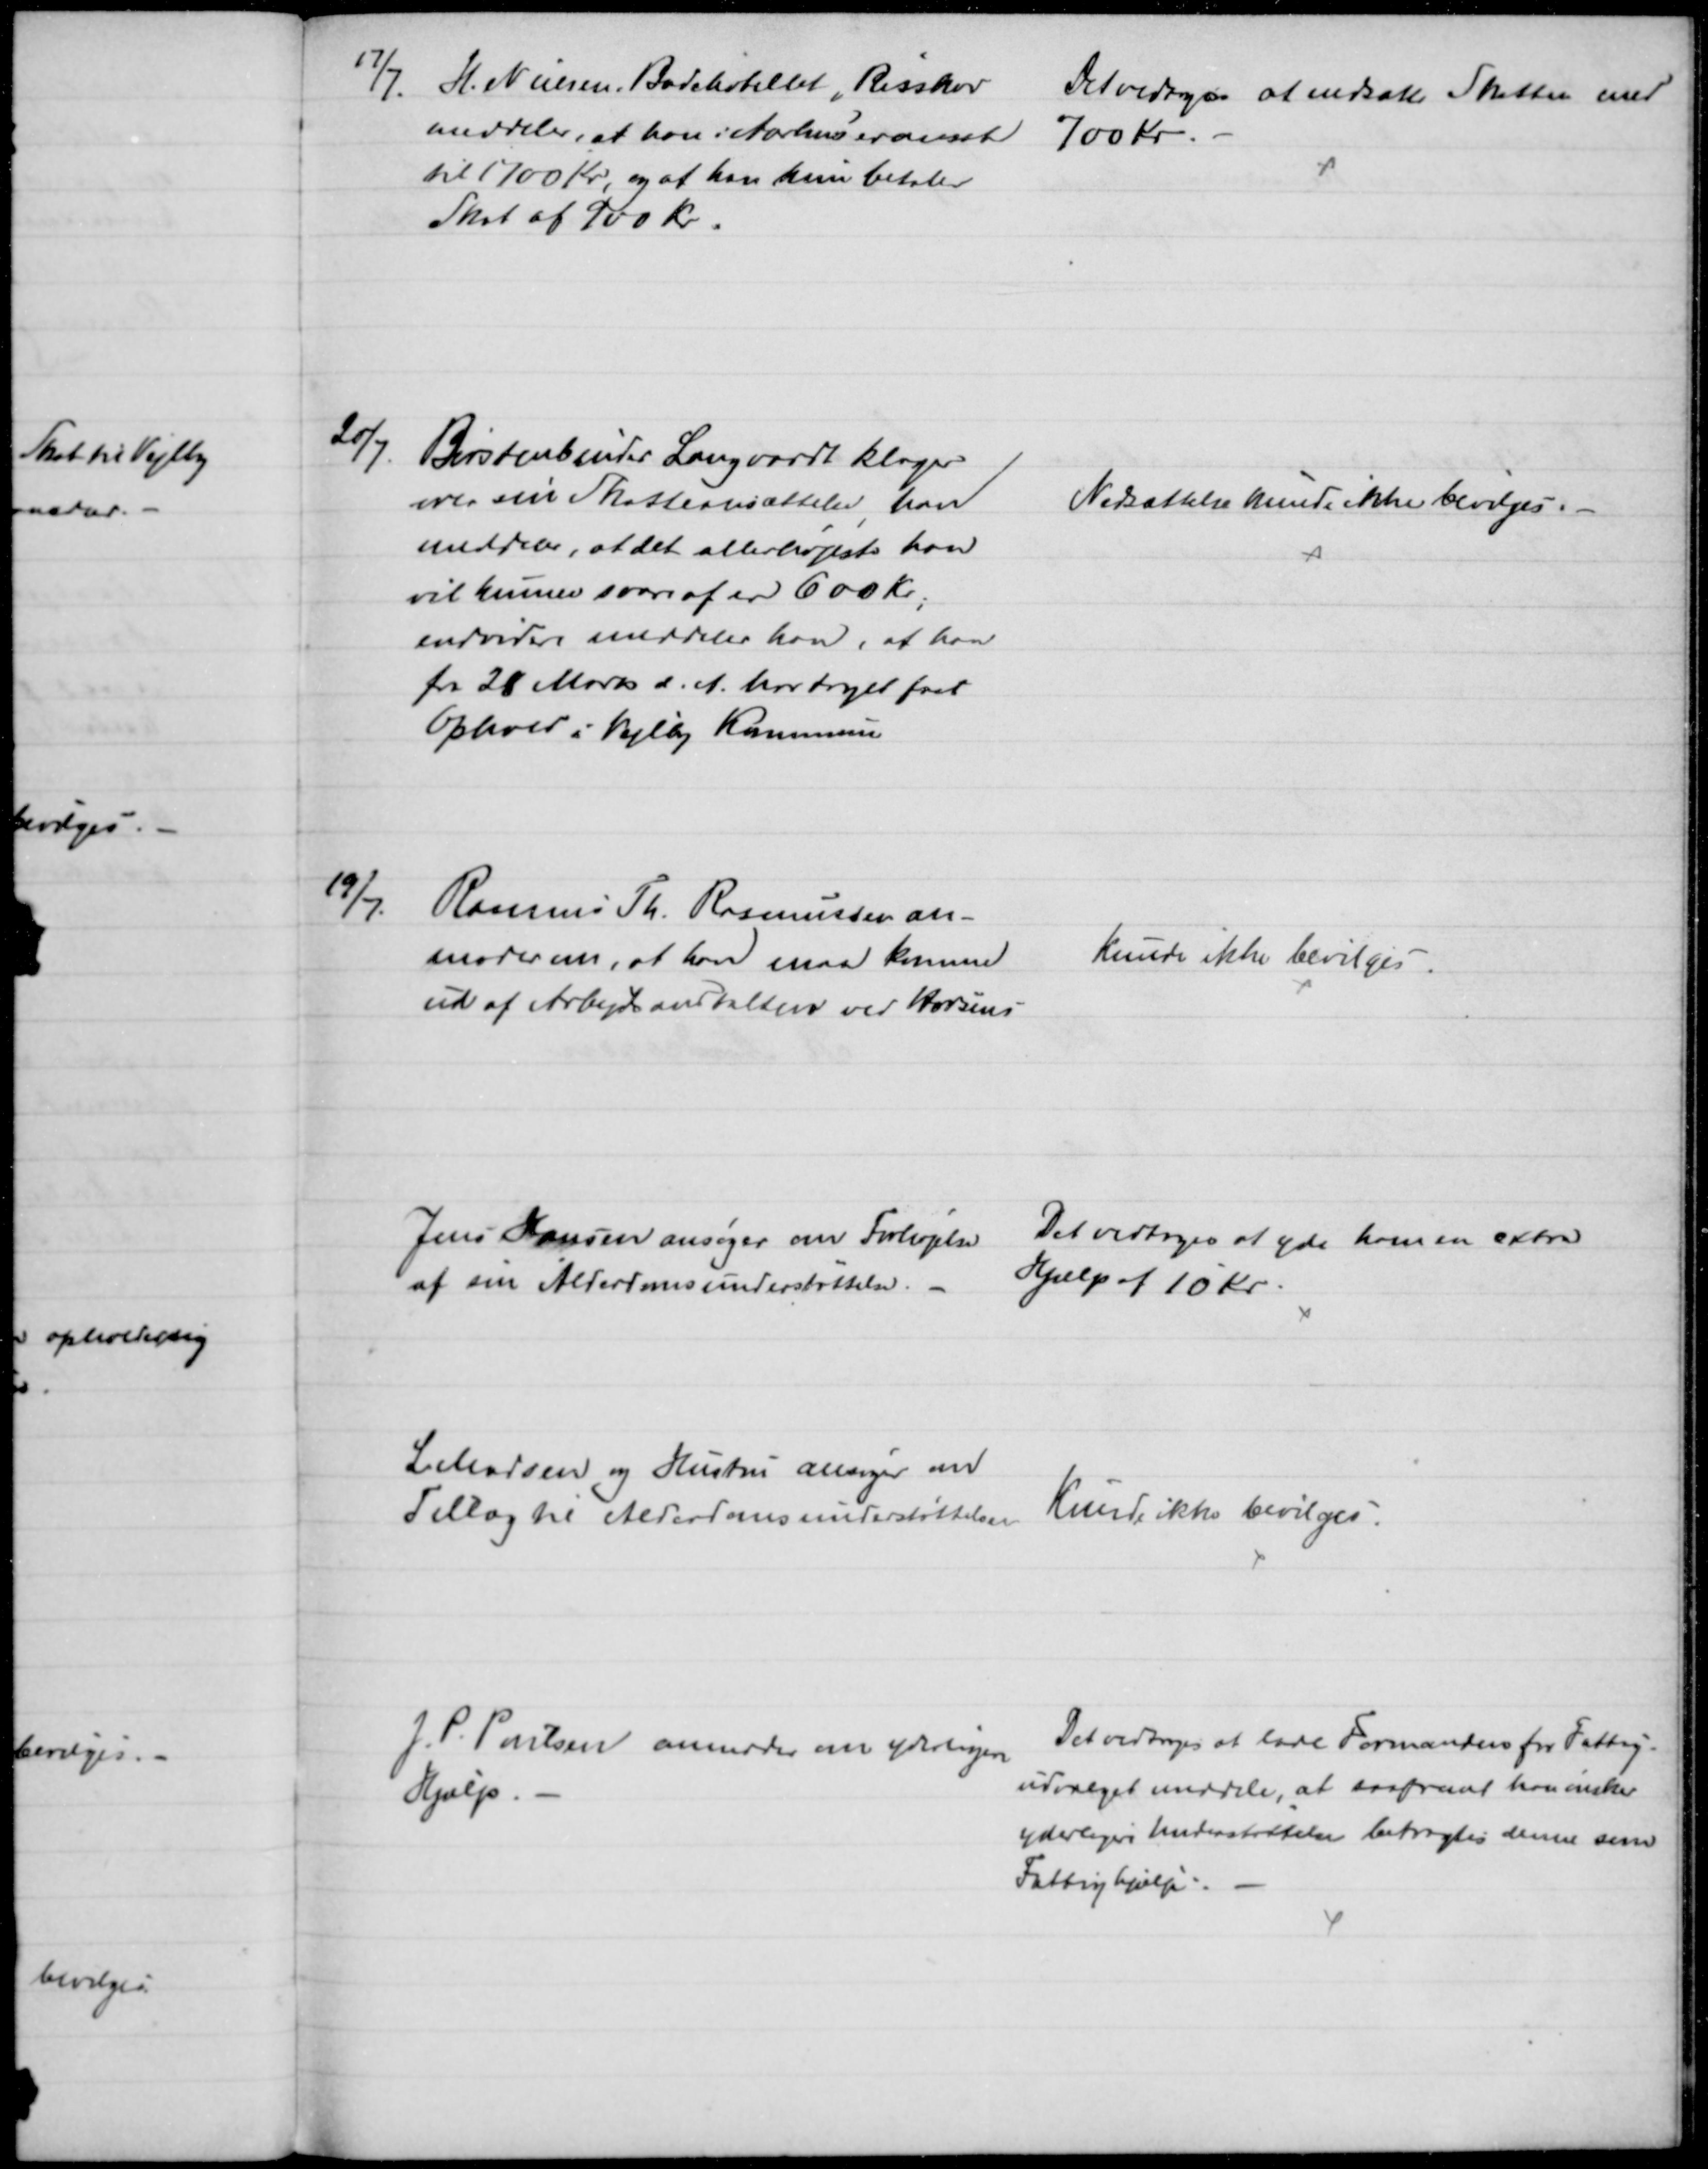
Transskription:
17/7. H. Nielsen, Badehotellet, Risskov
meddeler, at han i Aarhus er ansat 
til 1700 Kr, og at han kun betaler
Skat af 900 Kr.
Det vedtoges at nedsætte Skatten med
700 kr.
20/7.
Børstenbinder Langvardt klager
over sin Skatteansættelse, han
meddeler, at det allerhøjeste han
vil kunne svare af er 600 Kr.,
endvidere meddeler han, at han
fra 28 Marts d. A. har taget fast
Ophold i Vejlby Kommune
Nedsættelse kunde ikke bevilges.
19/7.
Rasmus Th. Rasmussen an-
moder om, at han maa komme
ud af Arbejdsanstalten ved Horsens
Kunde ikke bevilges.
Jens Hansen ansøger om Forhøjelse
af sin Alderdomsunderstøttelse.
Det vedtoges at yde ham en extra
Hjælp af 10 kr.
L Madsen og Hustru ansøger om
Tillæg til Alderdomsunderstøttelsen
Kunde ikke bevilges.
J. P. Poulsen anmoder om yderligere
Hjælp. 
Det vedtoges at lade Formanden for Fattig-
udvalget meddele, at saafremt han ønsker
yderligere Understøttelse betragtes denne som 
Fattighjælp.